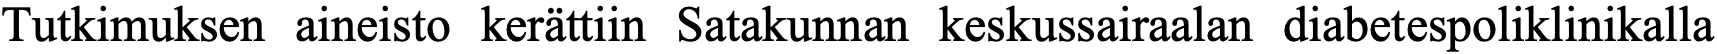
Tutkimuksen aineisto kerättiin Satakunnan keskussairaalan diabetespoliklinikalla